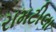
રામટીલા